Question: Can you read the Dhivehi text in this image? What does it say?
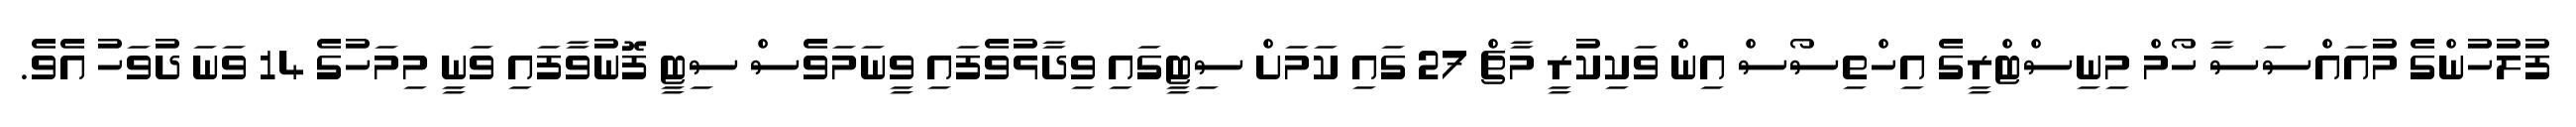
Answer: ފުލުހުންގެ މުއައްސަސާ ހޯމް މިނިސްޓްރީގެ އިހްތިސޯސް އިން ވަކިކުރީ މާޗް 27 ގައި ކަމަށް ސިޓީގައި ވިދާޅުވެފައި ވީނަމަވެސް ސިޓީ ފޮނުވާފައި ވަނީ މިމަހުގެ 14 ވަނަ ދުވަހު އެވެ.